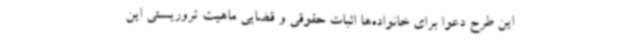
این طرح دعوا برای خانواده‌ها اثبات حقوقی و قضایی ماهیت تروریستی این